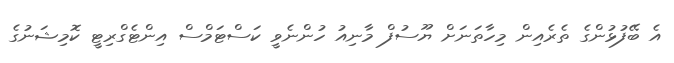
އެ ބޭފުޅުންގެ ތެރެއިން މިހާތަނަށް ޔޫސުފް މާނިއު ހުންނެވީ ކަސްޓަމްސް އިންޓެގްރިޓީ ކޮމިޝަނުގެ